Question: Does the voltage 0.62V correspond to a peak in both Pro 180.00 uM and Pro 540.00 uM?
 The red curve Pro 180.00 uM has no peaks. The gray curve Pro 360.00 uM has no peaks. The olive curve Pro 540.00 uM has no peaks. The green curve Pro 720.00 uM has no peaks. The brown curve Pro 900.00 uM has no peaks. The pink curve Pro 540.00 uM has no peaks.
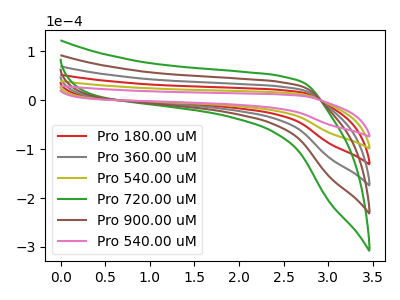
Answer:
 <answer>No, "Pro 180.00 uM" and "Pro 540.00 uM" dont share a peak at 0.62V.</answer>
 <eval>mismatch</eval>